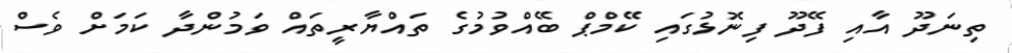
ތިނަދޫ އާއި ފޭދޫ ފިނޮޅުގައި ކޭމްޕް ބޭއްވުމުގެ ތައްޔާރީތައް ވަމުންދާ ކަމަށް ވެސް